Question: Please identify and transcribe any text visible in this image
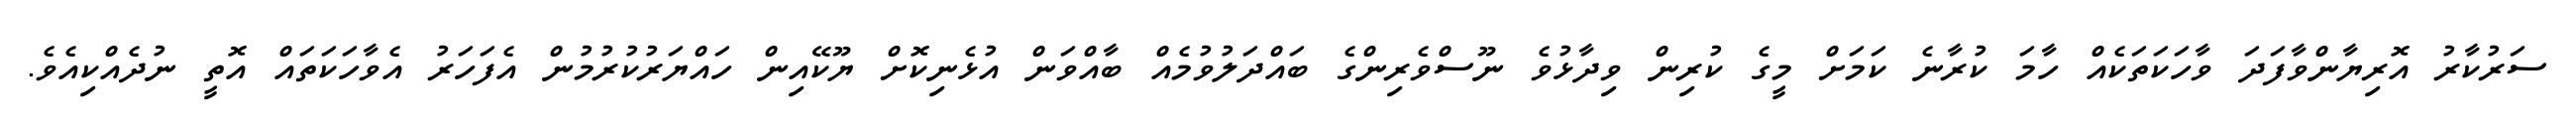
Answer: ސަރުކާރު އޮރިޔާންވާފަދަ ވާހަކަތަކެއް ހާމަ ކުރާނެ ކަމަށް މީގެ ކުރިން ވިދާޅުވެ ނޫސްވެރިންގެ ބައްދަލުވުމެއް ބާއްވަން އުޅެނިކޮށް ޔޫކޭއިން ހައްޔަރުކުރުމުން އެފަހަރު އެވާހަކަތައް އޮތީ ނުދެއްކިއެވެ.